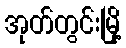
အုတ်တွင်းမြို့